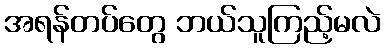
အရန်တပ်တွေ ဘယ်သူကြည့်မလဲ